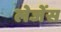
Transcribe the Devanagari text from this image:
लेजेंस